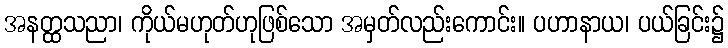
အနတ္ထသညာ၊ ကိုယ်မဟုတ်ဟုဖြစ်သော အမှတ်လည်းကောင်း။ ပဟာနာယ၊ ပယ်ခြင်း၌